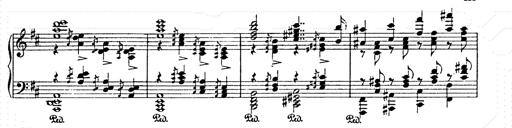
Title: AnnÃ©es de pÃ¨lerinage II
Composer: Franz Liszt